Civil Veterinary Dept. North-West Frontier Province 1901-22 - 1901-1922
Year: 1901
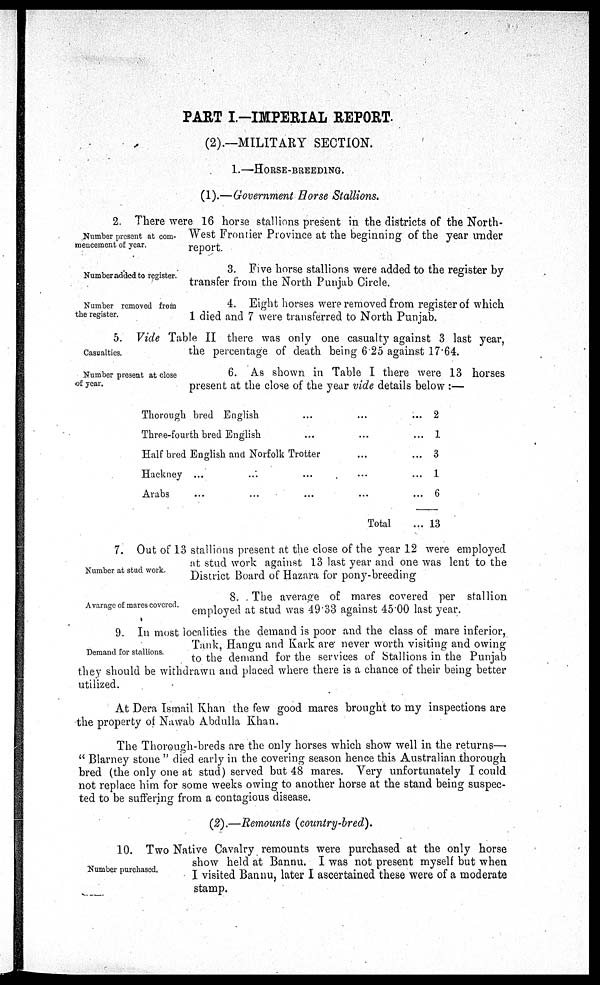
PART I.-IMPERIAL REPORT.
(2).—MILITARY SECTION.
1.—HORSE-BREEDING.
(1).—Government Horse Stallions.
Number present at com-
mencement of year.
2. There were 16 horse stallions present in the districts of the North-
West Frontier Province at the beginning of the year under
report.
Number added to register.
3. Five horse stallions were added to the register by
transfer from the North Punjab Circle.
Number removed from
the register.
4. Eight horses were removed from register of which
1 died and 7 were transferred to North Punjab.
Casualties.
5. Vide Table II there was only one casualty against 3 last year,
the percentage of death being 6.25 against 17.64.
Number present at close
of year.
6. As shown in Table I there were 13 horses
present at the close of the year vide details below:—
Thorough bred English ...
Three-fourth bred English ...
Half bred English and Norfolk Trotter
Hackney ... ... ...
Arabs ... ... ...
...
...
...
...
...
Total
...
...
...
...
...
...
2
1
3
1
6
13
Number at stud work.
7. Out of 13 stallions present at the close of the year 12 were employed
at stud work against 13 last year and one was lent to the
District Board of Hazara for pony-breeding
Avarage of mares covered.
8. The average of mares covered per stallion
employed at stud was 49.33 against 45.00 last year.
Demand for stallions.
9. In most localities the demand is poor and the class of mare inferior,
Tank, Hangu and Kark are never worth visiting and owing
to the demand for the services of Stallions in the Punjab
they should be withdrawn and placed where there is a chance of their being better
utilized.
At Dera Ismail Khan the few good mares brought to my inspections are
the property of Nawab Abdulla Khan.
The Thorough-breds are the only horses which show well in the returns—
"Blarney stone" died early in the covering season hence this Australian thorough
bred (the only one at stud) served but 48 mares. Very unfortunately I could
not replace him for some weeks owing to another horse at the stand being suspec-
ted to be suffering from a contagious disease.
(2).—Remounts (country-bred).
Number purchased.
10. Two Native Cavalry remounts were purchased at the only horse
show held at Bannu. I was not present myself but when
I visited Bannu, later I ascertained these were of a moderate
stamp.